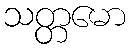
သတ္တမော